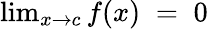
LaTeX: \textstyle\operatorname*{lim}_{x\to c}f(x)\; =\; 0